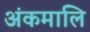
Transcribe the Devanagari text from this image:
अंकमालि